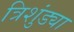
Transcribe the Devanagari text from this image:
त्रिशुंड्या